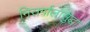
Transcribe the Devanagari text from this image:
निसर्गालासुद्धा